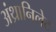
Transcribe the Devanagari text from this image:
अंथ्रानिलेट